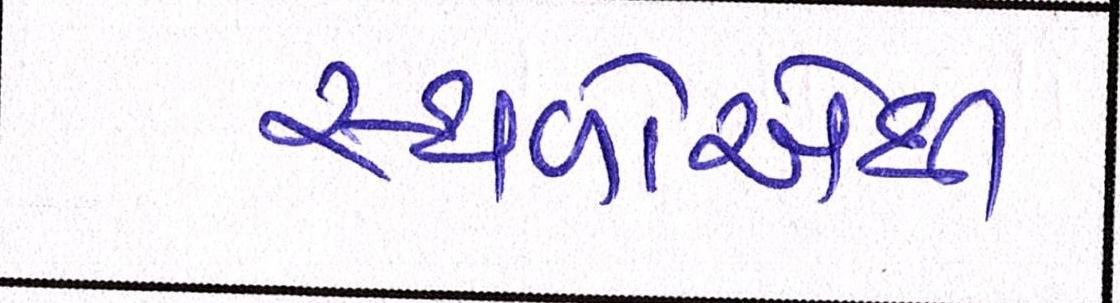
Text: સ્થળોએથી